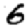
Digit: 6